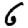
Digit: 6